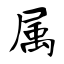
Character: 属